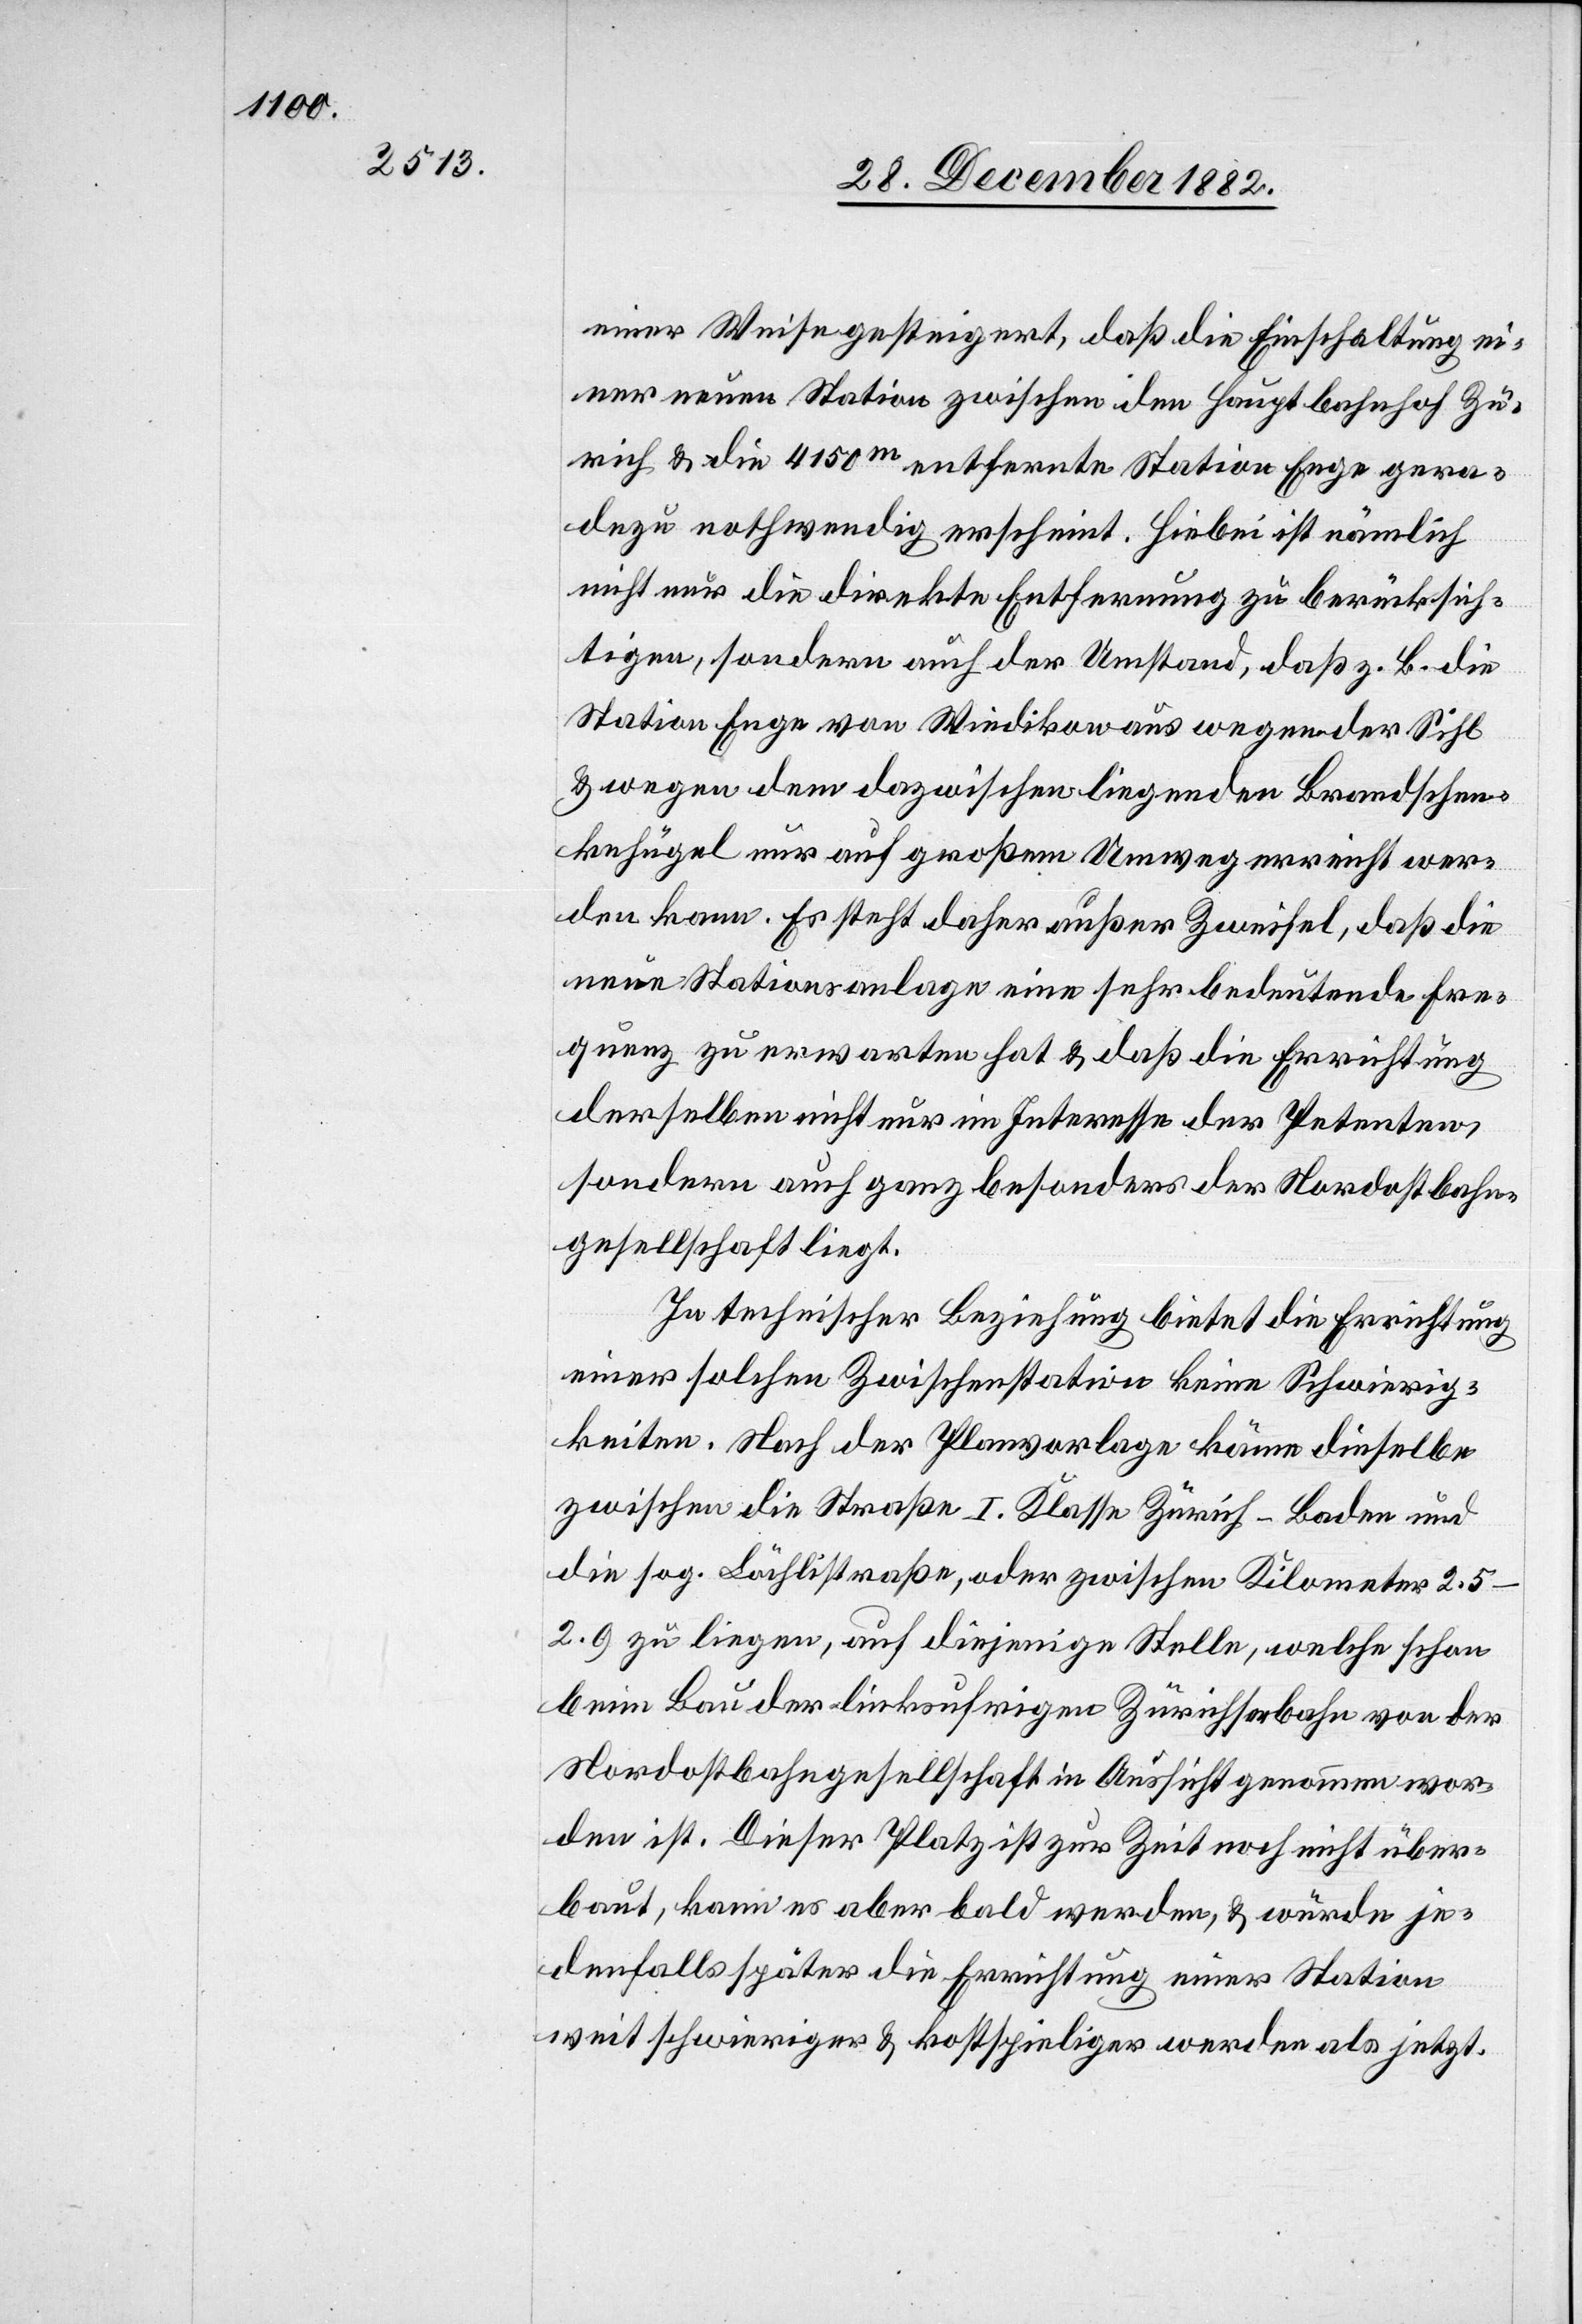
einer Weise gesteigert, daß die Einschaltung ei¬
ner neuen Station zwischen den Hauptbahnhof Zü¬
rich & die 4150m entfernte Station Enge gera¬
dezu nothwendig erscheint. Hiebei ist nämlich
nicht nur die direkte Entfernung zu berücksich¬
tigen, sondern auch der Umstand, daß z. B. die
Station Enge von Wiedikon aus wegen der Sihl
& wegen dem dazwischen liegenden Brandschen¬
kehügel nur auf großem Umweg erreicht wer¬
den kann. Es steht daher außer Zweifel, daß die
neue Stationsanlage eine sehr bedeutende Fre¬
quenz zu erwarten hat & daß die Errichtung
derselben nicht nur im Interesse der Petenten,
sondern auch ganz besonders der Nordostbahn¬
gesellschaft liegt.
In technischer Beziehung bietet die Errichtung
einer solchen Zwischenstation keine Schwierig¬
keiten. Nach der Planvorlage käme dieselbe
zwischen die Straße I. Klasse Zürich–Baden und
die sog. Bächlistraße, oder zwischen Kilometer
2.5–2.9 zu liegen, auf diejenige Stelle, welche schon
beim Bau der linksufrigen Zürichseebahn von der
Nordostbahngesellschaft in Aussicht genommen wor¬
den ist. Dieser Platz ist zur Zeit noch nicht über¬
baut, kann es aber bald werden, & würde je¬
denfalls später die Errichtung einer Station
weit schwieriger und kostspieliger werden als jetzt.